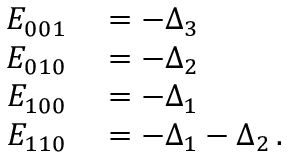
\begin{array} { r l } { E _ { 0 0 1 } } & { { } = - \Delta _ { 3 } } \\ { E _ { 0 1 0 } } & { { } = - \Delta _ { 2 } } \\ { E _ { 1 0 0 } } & { { } = - \Delta _ { 1 } } \\ { E _ { 1 1 0 } } & { { } = - \Delta _ { 1 } - \Delta _ { 2 } \, . } \end{array}